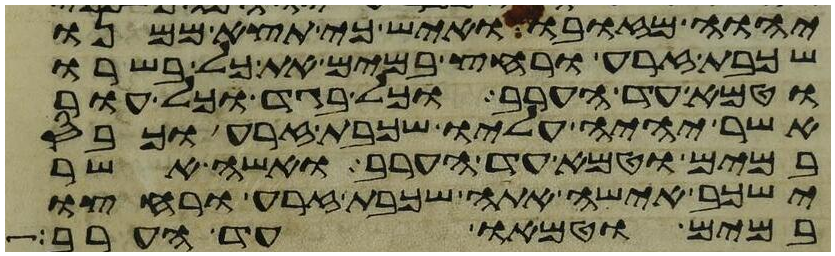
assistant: יהוה מזובו ואיש כי תצא ממנו
שכבת זרע ורחץ במים את כל בשרו
וטמא עד הערב וכל בגד וכל עור
אשר יהיה עליו שכבת זרע וכבס
במים וטמא עד הערב ואשה אשר
ישכב אישה אתה שכבת זרע ורחצו
במים וטמאו עד הערב